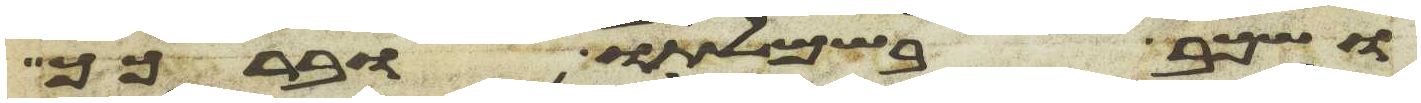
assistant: ושכב בשמלתו וברכך